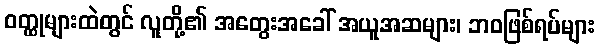
ဝတ္ထုများထဲတွင် လူတို့၏ အတွေးအခေါ် အယူအဆများ၊ ဘဝဖြစ်ရပ်များ